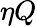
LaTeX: \eta Q